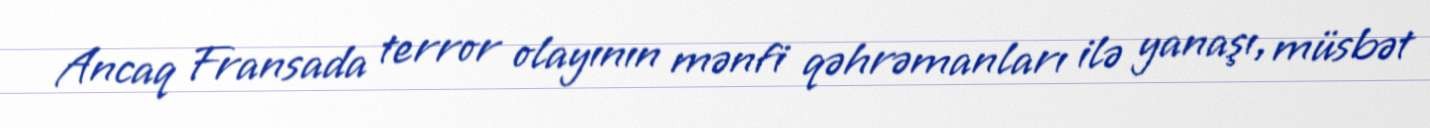
Ancaq Fransada terror olayının mənfi qəhrəmanları ilə yanaşı, müsbət